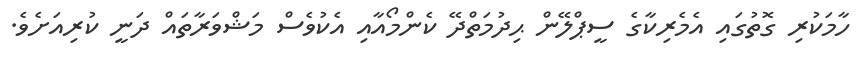
ހާމަކުރި ގޮތުގައި އެމެރިކާގެ ސީޕްލޭން ޙިދުމަތްދޭ ކެންމޯއާއި އެކުވެސް މަޝްވަރާތައް ދަނީ ކުރިއަށެވެ.